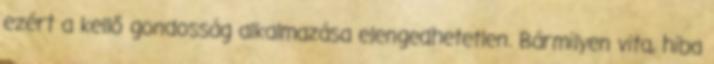
ezért a kellő gondosság alkalmazása elengedhetetlen. Bármilyen vita, hiba